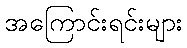
အကြောင်းရင်းများ